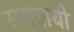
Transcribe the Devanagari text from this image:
समवायी